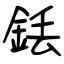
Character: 銩